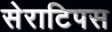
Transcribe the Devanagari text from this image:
सेराटिपस